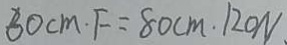
6 0 c m \cdot F = 8 0 c m \cdot 1 2 0 N .